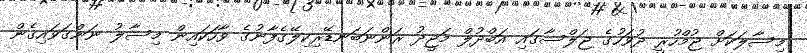
މިސާލަކަށް ޖުމްހުރީ ދުވަހުގެ ޖަލްސާގައި އަބްދުލް މަޖީދު ރަންނަބަނޑޭރިކިލޭގެފާނުގެ ވާހަކައިން މިސާލު ނަންގަވައިގެން